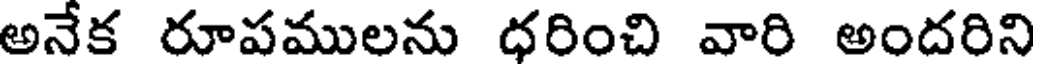
అనేక రూపములను ధరించి వారి అందరిని